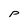
Character: P